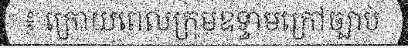
៖ ក្រោយពេលក្រុមឧទ្ទាមក្រៅច្បាប់